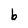
Character: b